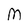
Character: M